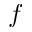
f